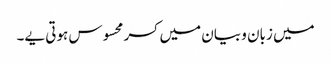
میں زبان و بیان میں کسر محسوس ہوتی یے۔